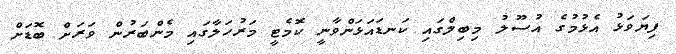
ފިޔަވަޅު އެޅުމުގެ އުސޫލު މިބިލްގައި ކަނޑައަޅަންވާނީ ކޮމެޓީ މަރުހަލާގައި މެންބަރުން ވަރަށް ބޮޑަށް